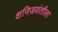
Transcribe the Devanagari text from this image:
शनिजयंतीला